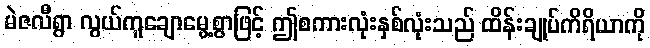
မဲဇလီရွာ လွယ်ကူချောမွေ့စွာဖြင့် ဤစကားလုံးနှစ်လုံးသည် ထိန်းချုပ်ကိရိယာကို